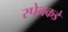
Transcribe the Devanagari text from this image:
स्पेनकडे